Scottish Leaving Certificate Examination, 1961
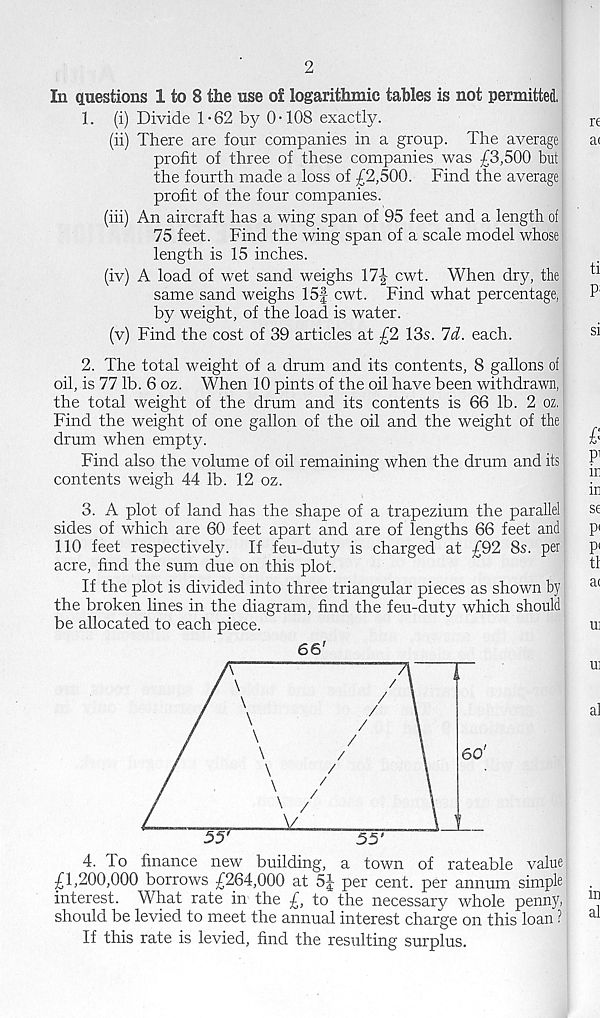
2
In questions 1 to 8 the use o£ logarithmic tables is not permitted.
1. (i) Divide 1 • 62 by 0 • 108 exactly.
(ii) There are four companies in a group. The average
profit of three of these companies was £3,500 but
the fourth made a loss of £2,500. Find the average
profit of the four companies.
(iii) An aircraft has a wing span of 95 feet and a length of
75 feet. Find the wing span of a scale model whose
length is 15 inches.
(iv) A load of wet sand weighs 17-| cwt. When dry, the
same sand weighs 15f cwt. Find what percentage,
by weight, of the load is water.
(v) Find the cost of 39 articles at £2 13s. 7d. each.
2. The total weight of a drum and its contents, 8 gallons of
oil, is 77 lb. 6 oz. When 10 pints of the oil have been withdrawn,
the total weight of the drum and its contents is 66 lb. 2 oz,
Find the weight of one gallon of the oil and the weight of the
drum when empty.
Find also the volume of oil remaining when the drum and its
contents weigh 44 lb. 12 oz.
3. A plot of land has the shape of a trapezium the parallel
sides of which are 60 feet apart and are of lengths 66 feet and
110 feet respectively. If feu-duty is charged at £92 8s. per
acre, find the sum due on this plot.
If the plot is divided into three triangular pieces as shown by
the broken lines in the diagram, find the feu-duty which should
be allocated to each piece.
66'
4. To finance new building, a town of rateable value
£1,200,000 borrows £264,000 at 5J per cent, per annum simple
interest. What rate in the £, to the necessary whole penny,
should be levied to meet the annual interest charge on this loan ?
If this rate is levied, find the resulting surplus.